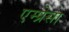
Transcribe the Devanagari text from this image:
एम्प्रेसा